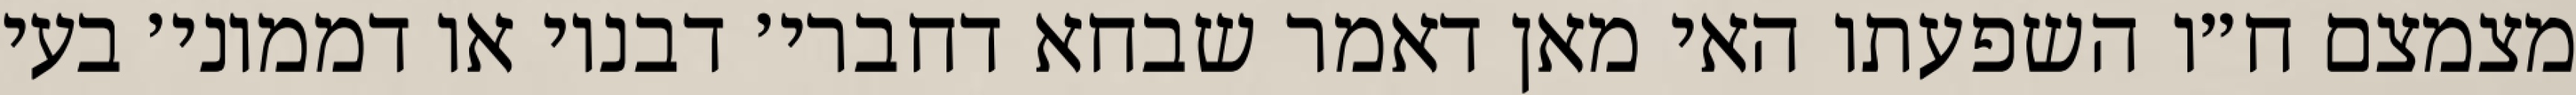
מצמצם ח״ו השפעתו האי מאן דאמר שבחא דחברי׳ דבנוי או דממוני׳ בעי